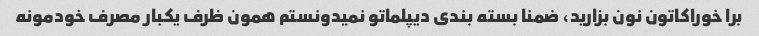
برا خوراکاتون نون بزارید، ضمنا بسته بندی دیپلماتو نمیدونستم همون ظرف یکبار مصرف خودمونه